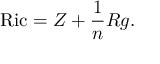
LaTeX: \operatorname { R i c } = Z + { \frac { 1 } { n } } R g .